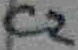
Text: C2